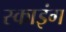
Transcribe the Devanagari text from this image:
स्काइंग